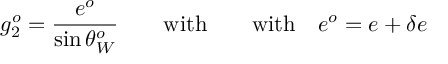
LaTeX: g _ { 2 } ^ { o } = { \frac { e ^ { o } } { \sin \theta _ { W } ^ { o } } } \qquad \mathrm { w i t h } \qquad \mathrm { w i t h } \quad e ^ { o } = e + \delta e